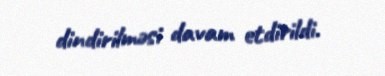
dindirilməsi davam etdirildi.